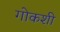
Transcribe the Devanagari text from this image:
गोकशी